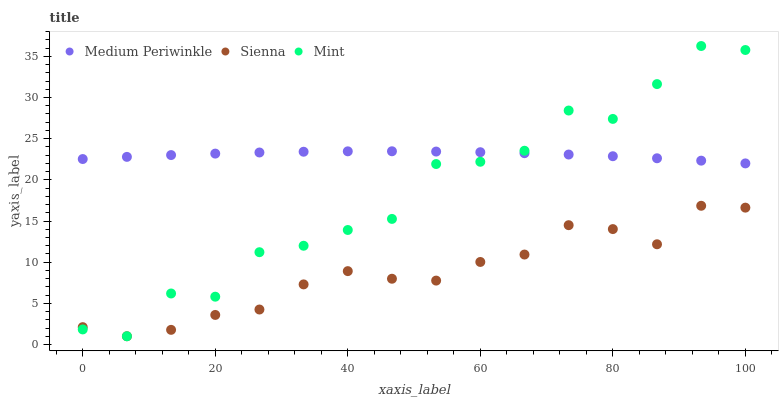
| xaxis_label | Medium Periwinkle | Sienna | Mint |
 | --- | --- | --- | --- |
 | 0 | 22.5 | 2.11 | 1.83 |
 | 6.67 | 22.8 | 1 | 1 |
 | 13.3 | 23 | 1.78 | 6.19 |
 | 20 | 23.2 | 3.59 | 5.81 |
 | 26.7 | 23.3 | 4.25 | 11.2 |
 | 33.3 | 23.4 | 7.3 | 12 |
 | 40 | 23.5 | 8.91 | 13.9 |
 | 46.7 | 23.5 | 7.99 | 15.3 |
 | 53.3 | 23.4 | 7.76 | 21.9 |
 | 60 | 23.4 | 10 | 22.2 |
 | 66.7 | 23.2 | 10.9 | 23.5 |
 | 73.3 | 23.1 | 14.5 | 28.4 |
 | 80 | 22.9 | 14 | 27.4 |
 | 86.7 | 22.6 | 12.2 | 31.6 |
 | 93.3 | 22.3 | 16.8 | 36.3 |
 | 100 | 22 | 16.6 | 35.8 |